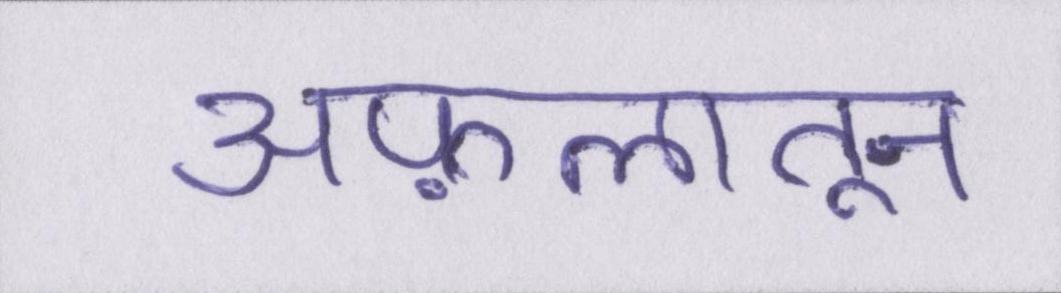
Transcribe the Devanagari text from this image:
अफ़लातून